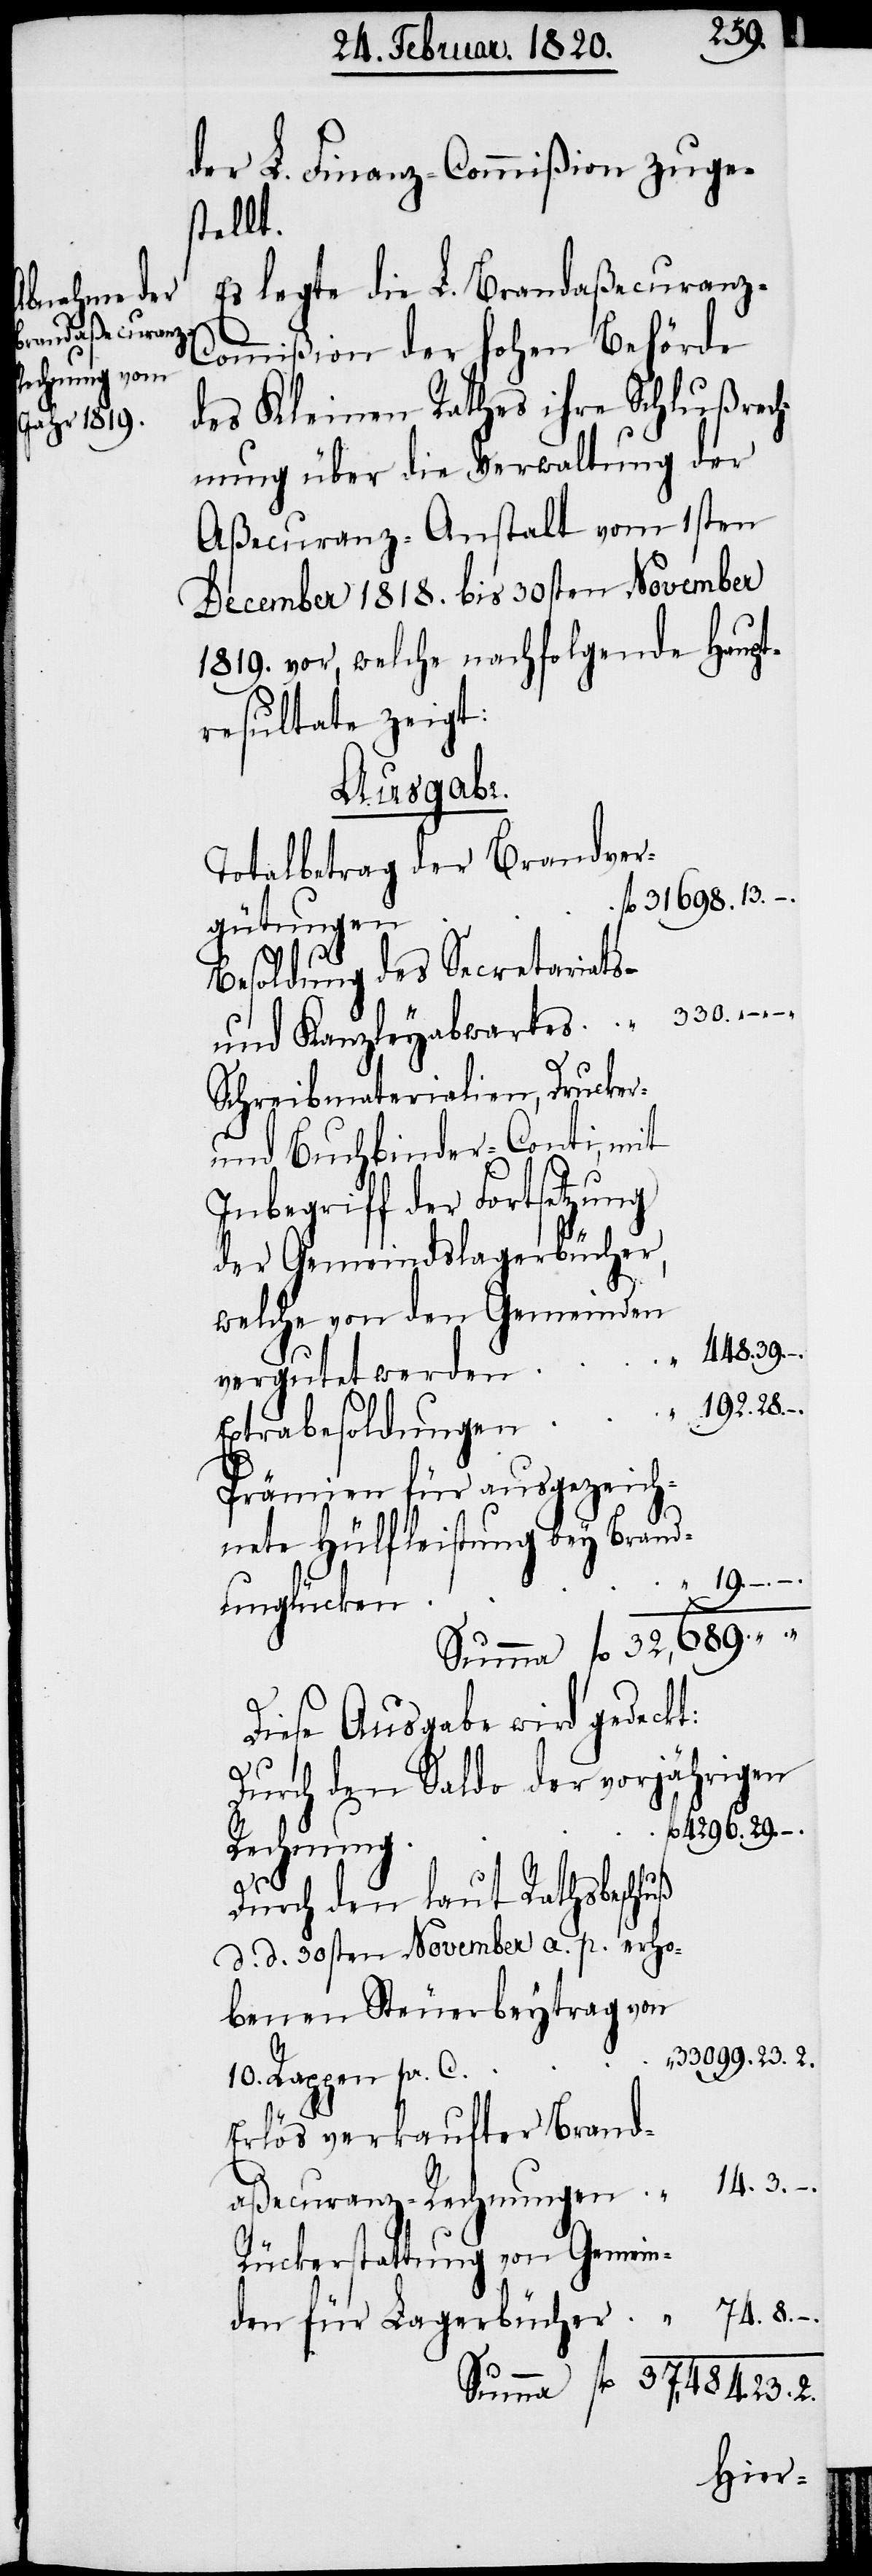
23.
der L. Finanz-Commißion zuge¬
stellt.
Es legte die L. Brandaßecuranz-C¬
ommißion der hohen Behörde
des Kleinen Rathes ihre Schlußrech¬
nung über die Verwaltung der
Aßecuranz-Anstalt vom 1sten
December 1818. bis 30sten November
1819. vor, welche nachfolgende Haupt¬
resultate zeigt:
Ausgabe.
Totalbetrag der Brandver¬
gütungen
Besoldung des Secretariats-
„
und Kanzleyabwartes
Schreibmaterialien, Drucker-
und Buchbinder-Conti, mit
Inbegriff der Fortsetzung
der Gemeindslagerbücher,
welche von den Gemeinden
vergutet werden
192.
„
Extrabesoldungen
Prämien für ausgezeich¬
nete Hülfleistung bey Brand¬
unglücken
2.
Diese Ausgabe wird gedeckt:
Durch den Saldo der vorjährigen
Rechnung
Durch den laut Rathsbeschluß
d d 30sten November a. p. erho¬
benen Steuerbeytrag von
10. Rappen pr. C.
Erlös verkaufter Brand¬
aßecuranz-Rechnungen
Rückerstattung von Gemeinden